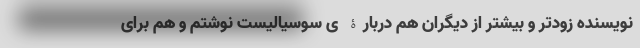
نویسنده زودتر و بیشتر از دیگران هم دربارۀ ی سوسیالیست نوشتم و هم برای